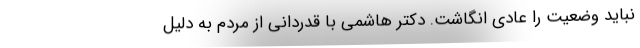
نباید وضعیت را عادی انگاشت. دکتر هاشمی با قدردانی از مردم به دلیل